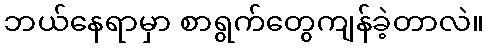
ဘယ်နေရာမှာ စာရွက်တွေကျန်ခဲ့တာလဲ။